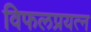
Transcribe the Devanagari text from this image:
विफलप्रयत्न